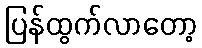
ပြန်ထွက်လာတော့